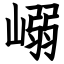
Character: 嵶